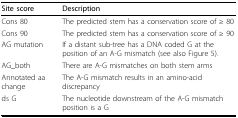
<table><thead><tr><td><b>Site score</b></td><td><b>Description</b></td></tr></thead><tbody><tr><td>Cons 80</td><td>The predicted stem has a conservation score of ≥ 80</td></tr><tr><td>Cons 90</td><td>The predicted stem has a conservation score of ≥ 90</td></tr><tr><td>AG mutation</td><td>If a distant sub-tree has a DNA coded G at the position of an A-G mismatch (see also Figure 5).</td></tr><tr><td>AG_both</td><td>There are A-G mismatches on both stem arms</td></tr><tr><td>Annotated aa change</td><td>The A-G mismatch results in an amino-acid discrepancy</td></tr><tr><td>ds G</td><td>The nucleotide downstream of the A-G mismatch position is a G</td></tr></tbody></table>